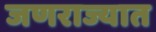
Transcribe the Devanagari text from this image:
जणराज्यात